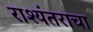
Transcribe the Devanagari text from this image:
राश्यंतराचा